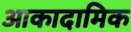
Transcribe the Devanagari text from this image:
आकादामिक